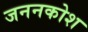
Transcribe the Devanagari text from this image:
जननकोश